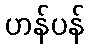
ဟန်ပန်